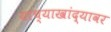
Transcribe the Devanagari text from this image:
याच्याखांद्यावर